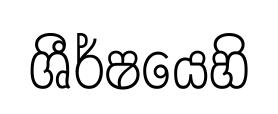
ශීර්ෂයෙහි